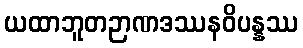
ယထာဘူတဉာဏဒဿနဝိပန္နဿ